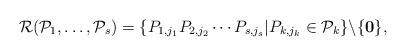
LaTeX: \begin{align*}\mathcal{R}(\mathcal{P}_1,\ldots,\mathcal{P}_s)=\{P_{1,j_1}P_{2,j_2}\cdots P_{s,j_s}|P_{k,j_k}\in \mathcal{P}_k\}\backslash \{\mathbf{0}\},\end{align*}